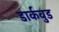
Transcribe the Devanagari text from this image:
डार्कवुड